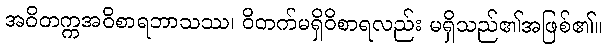
အဝိတက္ကအဝိစာရဘာသဿ၊ ဝိတက်မရှိဝိစာရလည်း မရှိသည်၏အဖြစ်၏။